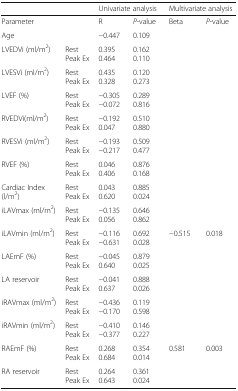
| <COLSPAN=2>  | <COLSPAN=2> Univariate analysis | <COLSPAN=2> Multivariate analysis |
 | --- | --- | --- | --- | --- | --- |
 | <COLSPAN=2> Parameter | R | P-value | Beta | P-value |
 | <COLSPAN=2> Age | −0.447 | 0.109 |  |  |
 | LVEDVi (ml/m2) | RestPeak Ex | 0.3950.464 | 0.1620.110 |  |  |
 | LVESVi (ml/m2) | RestPeak Ex | 0.4350.328 | 0.1200.273 |  |  |
 | LVEF (%) | RestPeak Ex | −0.305−0.072 | 0.2890.816 |  |  |
 | RVEDVi(ml/m2) | RestPeak Ex | −0.1920.047 | 0.5100.880 |  |  |
 | RVESVi (ml/m2) | RestPeak Ex | −0.193−0.217 | 0.5090.477 |  |  |
 | RVEF (%) | RestPeak Ex | 0.0460.406 | 0.8760.168 |  |  |
 | Cardiac Index(l/m2) | RestPeak Ex | 0.0430.620 | 0.8850.024 |  |  |
 | iLAVmax (ml/m2) | RestPeak Ex | −0.1350.056 | 0.6460.862 |  |  |
 | iLAVmin (ml/m2) | RestPeak Ex | −0.116−0.631 | 0.6920.028 | −0.515 | 0.018 |
 | LAEmF (%) | RestPeak Ex | −0.0450.640 | 0.8790.025 |  |  |
 | LA reservoir | RestPeak Ex | −0.0410.637 | 0.8880.026 |  |  |
 | iRAVmax (ml/m2) | RestPeak Ex | −0.436−0.170 | 0.1190.598 |  |  |
 | iRAVmin (ml/m2) | RestPeak Ex | −0.410−0.377 | 0.1460.227 |  |  |
 | RAEmF (%) | RestPeak Ex | 0.2680.684 | 0.3540.014 | 0.581 | 0.003 |
 | RA reservoir | RestPeak Ex | 0.2640.643 | 0.3610.024 |  |  |